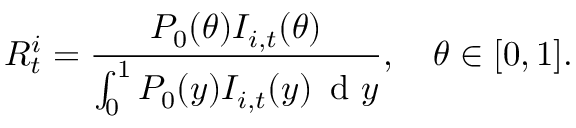
R _ { t } ^ { i } = \frac { P _ { 0 } ( \theta ) I _ { i , t } ( \theta ) } { \int _ { 0 } ^ { 1 } P _ { 0 } ( y ) I _ { i , t } ( y ) \, \mathrm { ~ d ~ } y } , \quad \theta \in [ 0 , 1 ] .